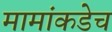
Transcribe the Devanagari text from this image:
मामांकडेच